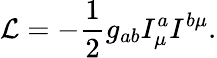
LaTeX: {\cal L}=-\frac{1}{2}g_{ab}I_{\mu}^{a}I^{b\mu}.